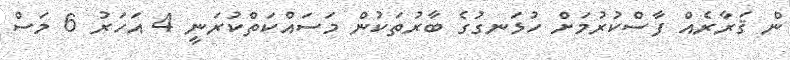
ން ޤަރާރެއް ފާސްކުރުމަށް ހުޅަނގުގެ ބާރުތަކުން މަސައްކަތްކުރަނީ 4 އަހަރު 6 މަސް